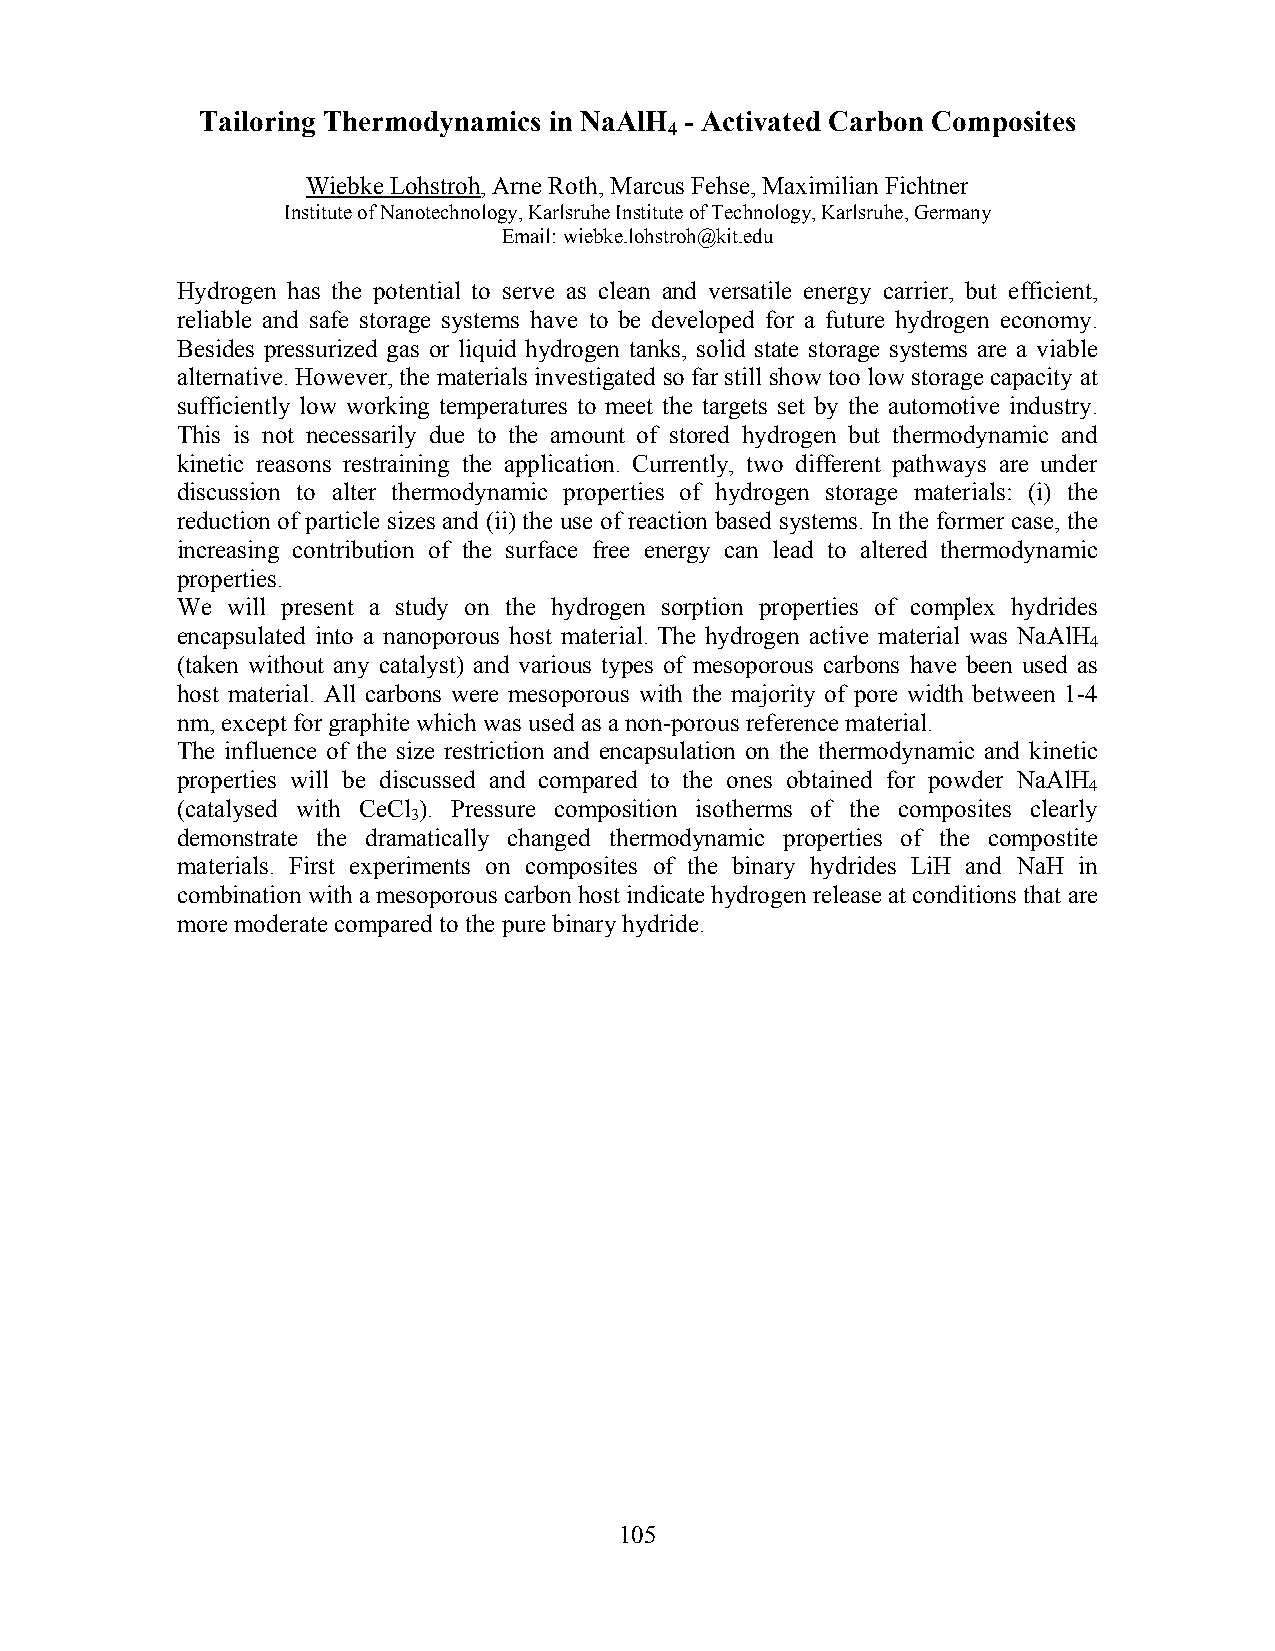
Tailoring Thermodynamics in NaAlH - Activated Carbon Composites
 4
 Wiebke Lohstroh, Arne Roth, Marcus Fehse, Maximilian Fichtner
 Institute of Nanotechnology, Karlsruhe Institute of Technology, Karlsruhe, Germany
 Email: wiebke.lohstroh@kit.edu
 Hydrogen has the potential to serve as clean and versatile energy carrier, but efficient,
 reliable and safe storage systems have to be developed for a future hydrogen economy.
 Besides pressurized gas or liquid hydrogen tanks, solid state storage systems are a viable
 alternative. However, the materials investigated so far still show too low storage capacity at
 sufficiently low working temperatures to meet the targets set by the automotive industry.
 This is not necessarily due to the amount of stored hydrogen but thermodynamic and
 kinetic reasons restraining the application. Currently, two different pathways are under
 discussion to alter thermodynamic properties of hydrogen storage materials: (i) the
 reduction of particle sizes and (ii) the use of reaction based systems. In the former case, the
 increasing contribution of the surface free energy can lead to altered thermodynamic
 properties.
 We will present a study on the hydrogen sorption properties of complex hydrides
 encapsulated into a nanoporous host material. The hydrogen active material was NaAlH
 4
 (taken without any catalyst) and various types of mesoporous carbons have been used as
 host material. All carbons were mesoporous with the majority of pore width between 1-4
 nm, except for graphite which was used as a non-porous reference material.
 The influence of the size restriction and encapsulation on the thermodynamic and kinetic
 properties will be discussed and compared to the ones obtained for powder NaAlH
 4
 (catalysed with CeCl ). Pressure composition isotherms of the composites clearly
 3
 demonstrate the dramatically changed thermodynamic properties of the compostite
 materials. First experiments on composites of the binary hydrides LiH and NaH in
 combination with a mesoporous carbon host indicate hydrogen release at conditions that are
 more moderate compared to the pure binary hydride.
 105